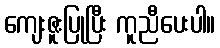
ကျေးဇူးပြုပြီး ကူညီပေးပါ။